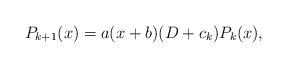
LaTeX: \begin{align*}P_{k+1}(x) = a(x+b)(D+c_{k})P_{k}(x),\end{align*}